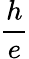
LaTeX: \frac{h}{e}